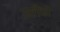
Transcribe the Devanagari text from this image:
उसीको